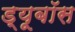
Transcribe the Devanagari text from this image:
ड्यूबॉस